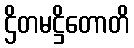
ဌိတမဋ္ဌိတောတိ